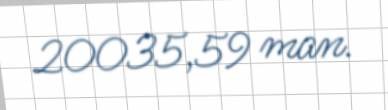
20035,59 man.